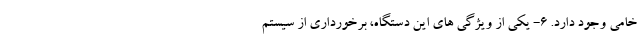
خامی وجود دارد. 6- یکی از ویژگی های این دستگاه، برخورداری از سیستم